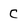
Character: C